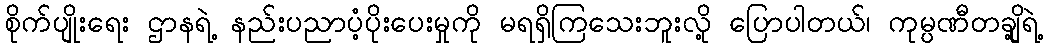
စိုက်ပျိုးရေး ဌာနရဲ့ နည်းပညာပံ့ပိုးပေးမှုကို မရရှိကြသေးဘူးလို့ ပြောပါတယ်၊ ကုမ္ပဏီတချို့ရဲ့